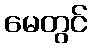
မေတွင်